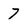
Character: 7